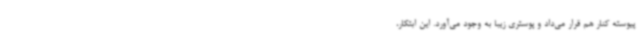
پیوسته کنار هم قرار می‌داد و پوستری زیبا به وجود می‌آورد. این ابتکار،